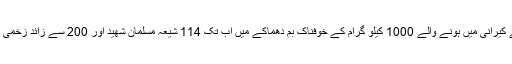
واضح رہے کہ ہفتہ کے روز کوئٹہ کے علاقے کیرانی میں ہونے والے 1000 کیلو گرام کے خوفناک بم دھماکے میں اب تک 114 شیعہ مسلمان شھید اور 200 سے زائد زخمی ہوئے جن میں عورتیں اور بچے بھی شامل ھیں۔